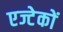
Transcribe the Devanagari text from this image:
एज्टेकों